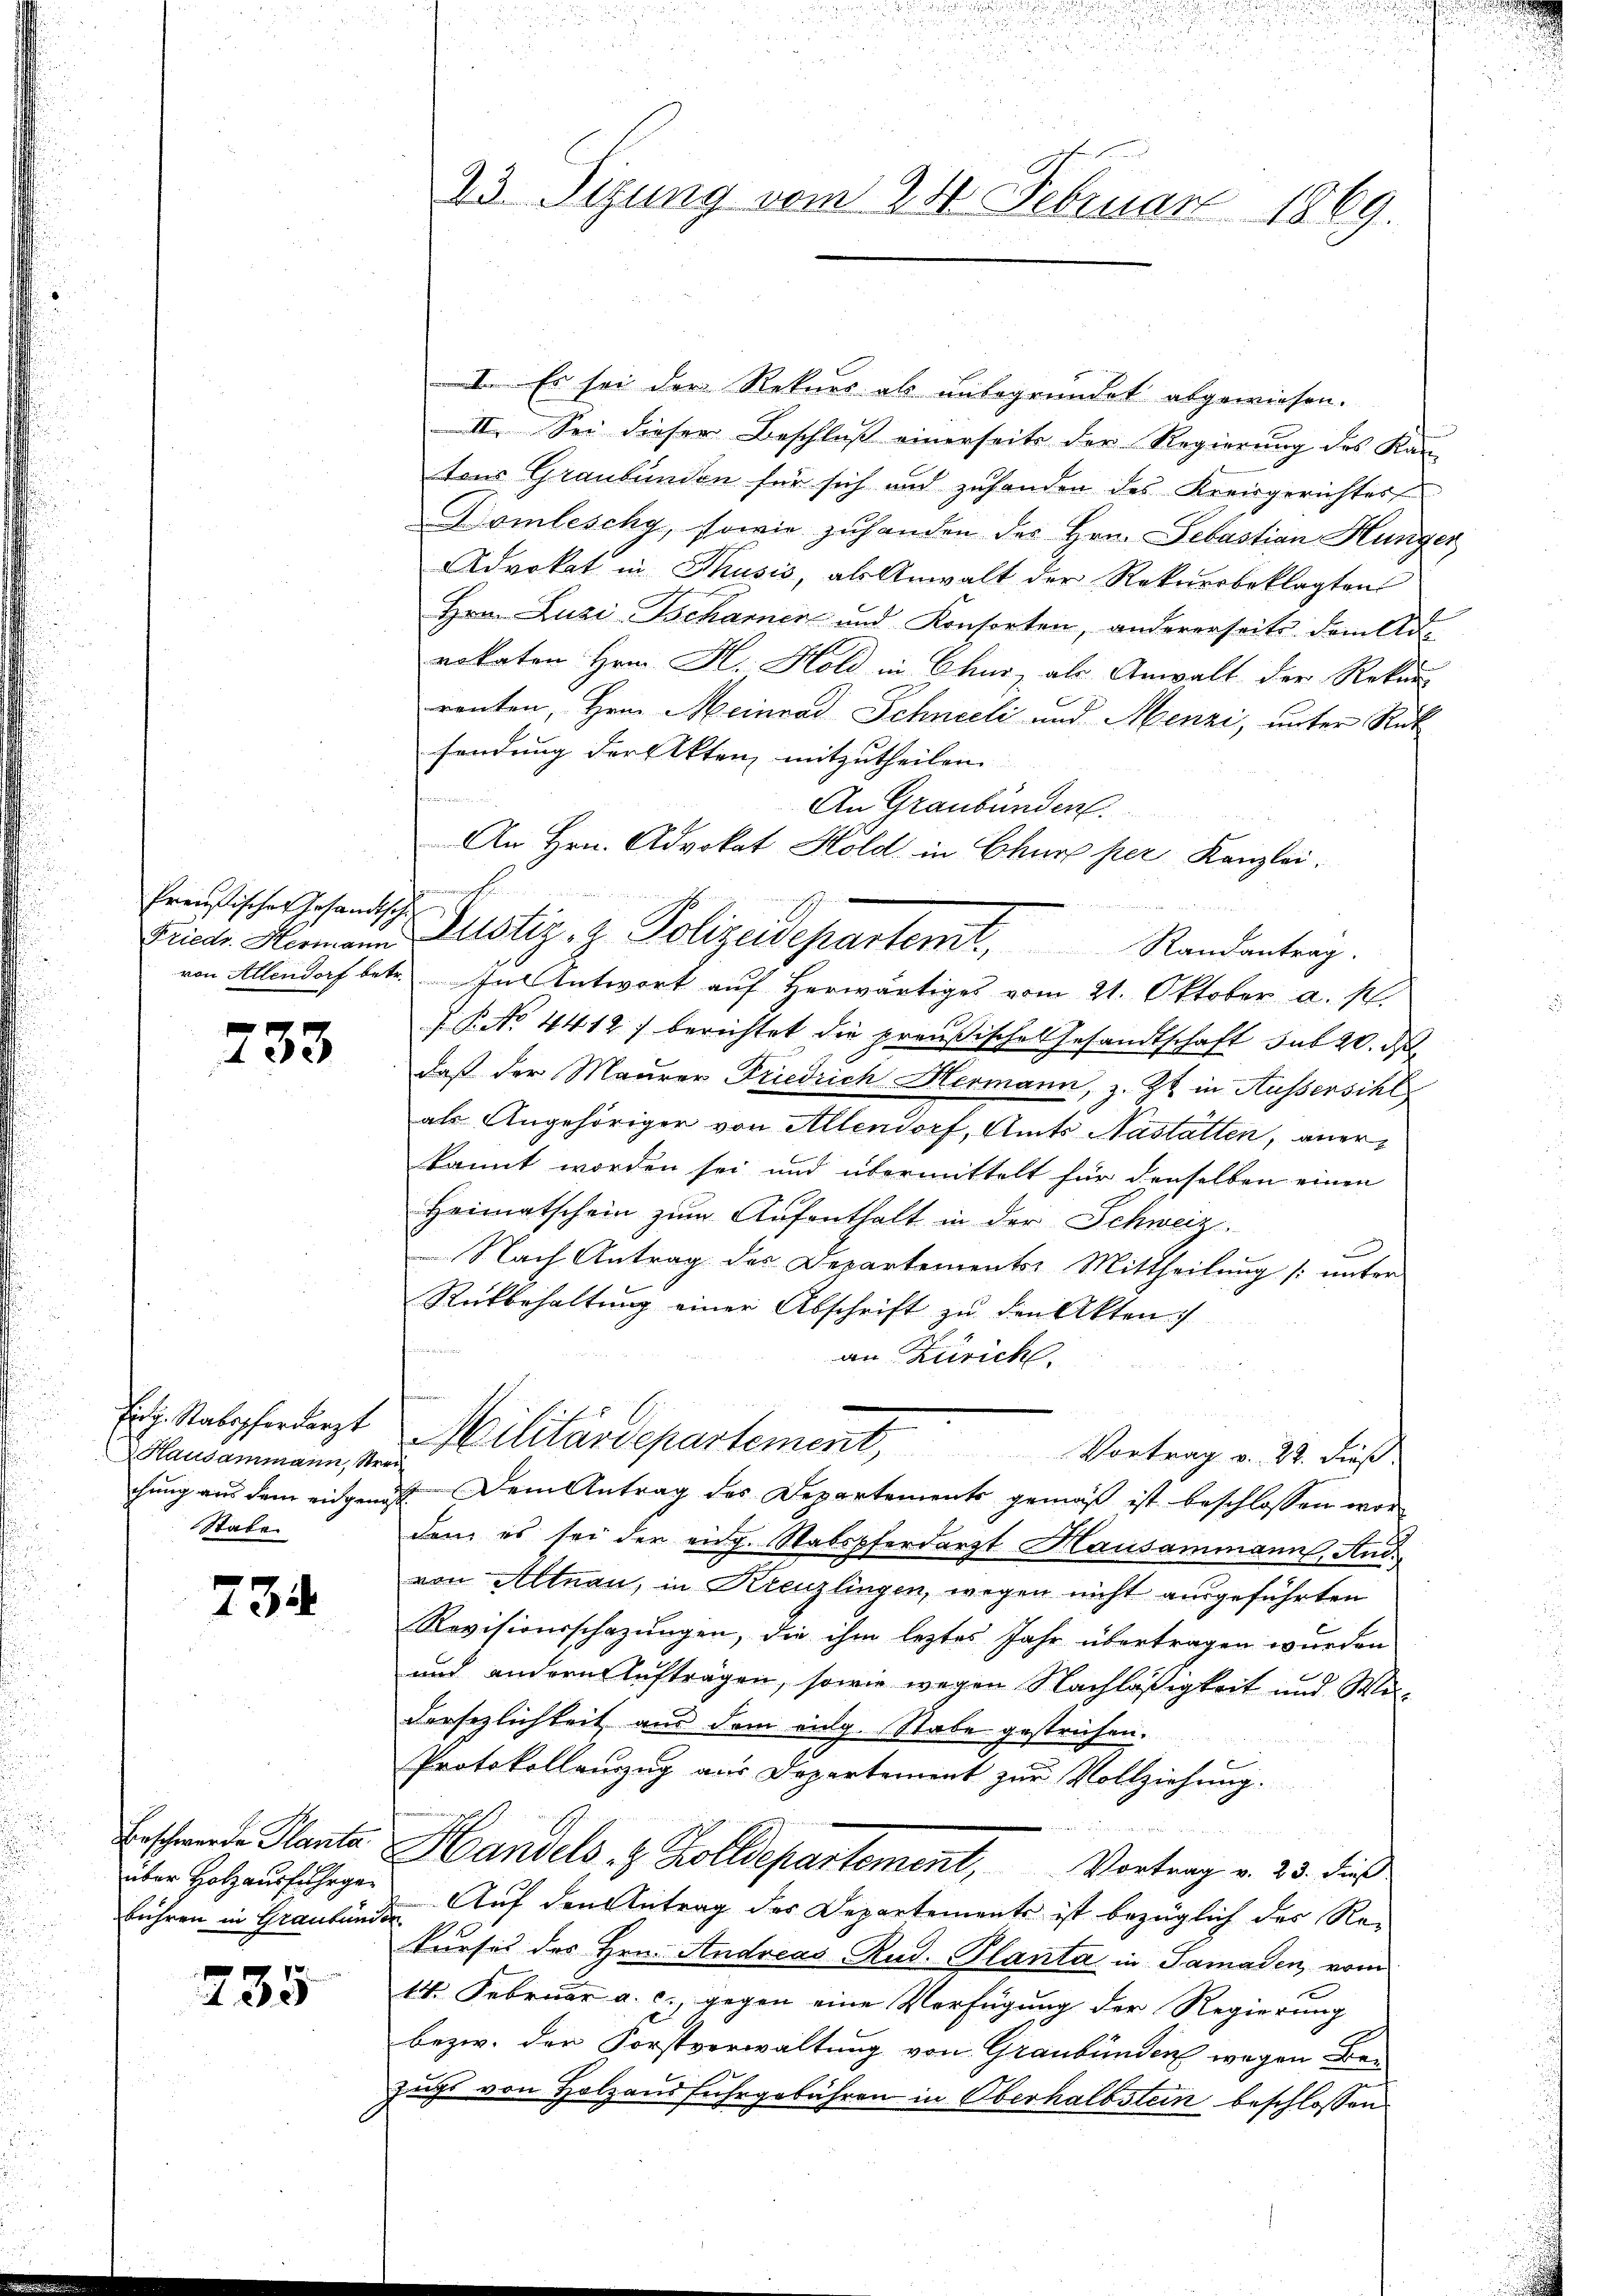
Preußischer Gesandtsche

f
103

Hausammann, Strei
Stabe

734

bühren in Graubünder

735

23 Sizung vom 24. Februar 1869

I. Es sei der Rekurs als unbegründet abgewiesen.
II. Sei dieser Beschluß einerseits der Regierung des Kan-
tens Graubünden für sich und zuhanden des Kreisgerichter
Domleschy, sowie zuhanden des Hrn. Sebastian Hunger
Advokat in Thusis, als Anwalt der Rekursbeklagten
Hrn. Luzi-Tscharner und Konsorten, andererseits dem d
rokaten Hrn. K. Hold in Chus, als Anwalt der Rekur-
renten, Hrn. Meinrad Schneeli und Menzi, unter Rat
sendung der Akten mitzutheilen.
An Graubünden
An Hrn. Advokat Hold in Chur per Kanzlei.
u
von Allendorf betr. In Antwort auf herwärtiges vom 21. Oktober a. p.
Z.P. No. 4412) berichtet die preußisches Gesandtschaft sub 20. d.
daß der Maurer Friedrich Hermann, z. Zt. in Aussersihl
als Angehöriger von Allendorf, Amts Nastatten, anerkannt worden sei und übermittelt für denselben einen
Heimatschein zŭm Aŭfenthalt in der Schweiz.
Nach Antrag des Departements-Mittheilung (unter
Rükbehaltung einer Abschrift zu den Akten :/
an Zürich.
E. Stabsherarzt Militärdepartement, Vortrag v. 21. dieß
chung aus dem eidgenöst. Dem Antrag des Departements gemäß ist beschlossen worden, es sei der eidg. Stabspferdarzt Hausammann, And.
von Altnau, in Kreuzlingen, wegen nicht ausgeführten
Revisionsschazungen, die ihm leztes Jahr übertragen wurden
und andern Aufträgen, sowie wegen Nachläßigkeit und Weidersezlichkeit aus dem vulg. Stabe gestrichen.
Protokollenzug aus Departement zur Vollziehung.
Erschwende Plante Handels- & Zolldepartement, Vortrag v. 23. dieß
über Holzausfuhrgen. Auf den Antrag des Departements ist bezüglich der Rekurses des Hrn. Andreas Rud. Planta in Samaden, vom
14. Februar a. c. gegen eine Verfügung der Regierung
bezw. der Forstverwaltung von Graubünden wegen Be-
zugs von Holzausfuhrgebühren in Oberhalbstein beschlossen

e

Friede Normann Zustiz- & Polizeidepartemt, Randantrag.